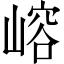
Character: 嵱